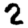
Digit: 2